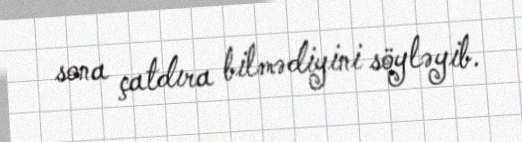
sona çatdıra bilmədiyini söyləyib.